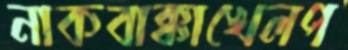
নাকবাক্কাখেলপ